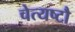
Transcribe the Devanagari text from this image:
चेत्यष्टौ